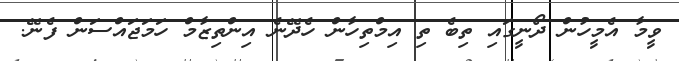
ވީމާ އެމީހުން ދޯނީގައި ތިބެ ތި އިމްތިހާން ހެދޭނެ އިންތިޒާމް ހަމަޖައްސަން ފެނޭ.